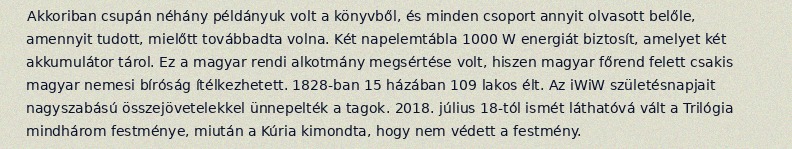
Akkoriban csupán néhány példányuk volt a könyvből, és minden csoport annyit olvasott belőle, amennyit tudott, mielőtt továbbadta volna. Két napelemtábla 1000 W energiát biztosít, amelyet két akkumulátor tárol. Ez a magyar rendi alkotmány megsértése volt, hiszen magyar főrend felett csakis magyar nemesi bíróság ítélkezhetett. 1828-ban 15 házában 109 lakos élt. Az iWiW születésnapjait nagyszabású összejövetelekkel ünnepelték a tagok. 2018. július 18-tól ismét láthatóvá vált a Trilógia mindhárom festménye, miután a Kúria kimondta, hogy nem védett a festmény.